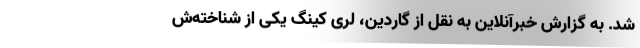
شد. به گزارش خبرآنلاین به نقل از گاردین، لری کینگ یکی از شناخته‌ش